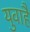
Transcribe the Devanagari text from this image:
युवाहै